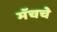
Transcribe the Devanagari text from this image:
मॅचचे